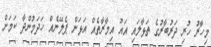
މިހާރު ހުރި ދަރުބާރުގެ ތަޅާލައި އައު އިމާރާތެއް އަޅަން ޕެލޭނެއް ހަދަމުންދާ ކަމަށް